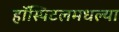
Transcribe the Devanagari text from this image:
हॉस्पिटलमधल्या